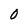
Character: O